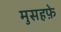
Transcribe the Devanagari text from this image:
मुसहफ़े